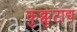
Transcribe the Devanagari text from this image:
कुक्कुटाद्य